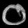
Digit: ၀